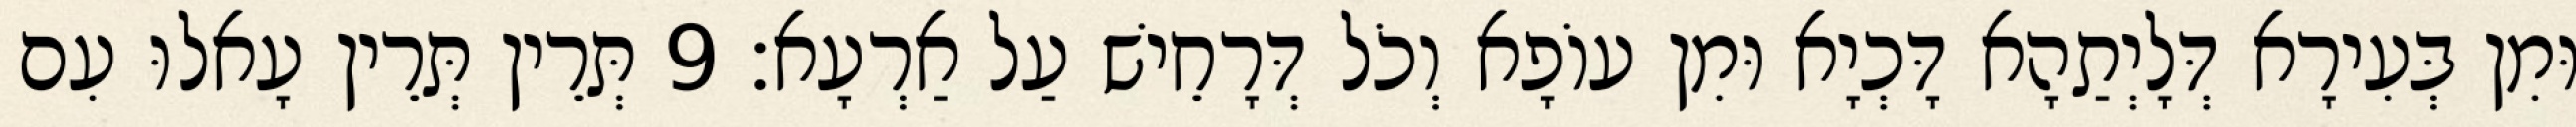
וּמִן בְּעִירָא דְּלָיְתַהָא דָּכְיָא וּמִן עוֹפָא וְכֹל דְּרָחֵישׁ עַל אַרְעָא׃ 9 תְּרֵין תְּרֵין עָאלוּ עִם